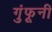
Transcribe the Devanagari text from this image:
गुंफूनी